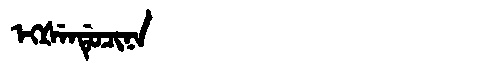
Manchu: ᡝᡴᡧᡝᠨᡩᡠᠴᡳᠨᠠ
Romanization: EKŠENDUCINA